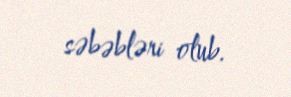
səbəbləri olub.